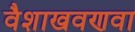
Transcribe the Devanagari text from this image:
वैशाखवणवा